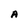
Character: A